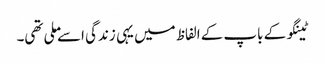
ٹینگو کے باپ کے الفاظ میں یہی زندگی اسے ملی تھی۔